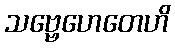
သဗ္ဗေဟေတေဟိ